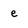
Character: e